Plague in India, 1896, 1897 - Volume 2
Year: 1896
Disease focus: Plague
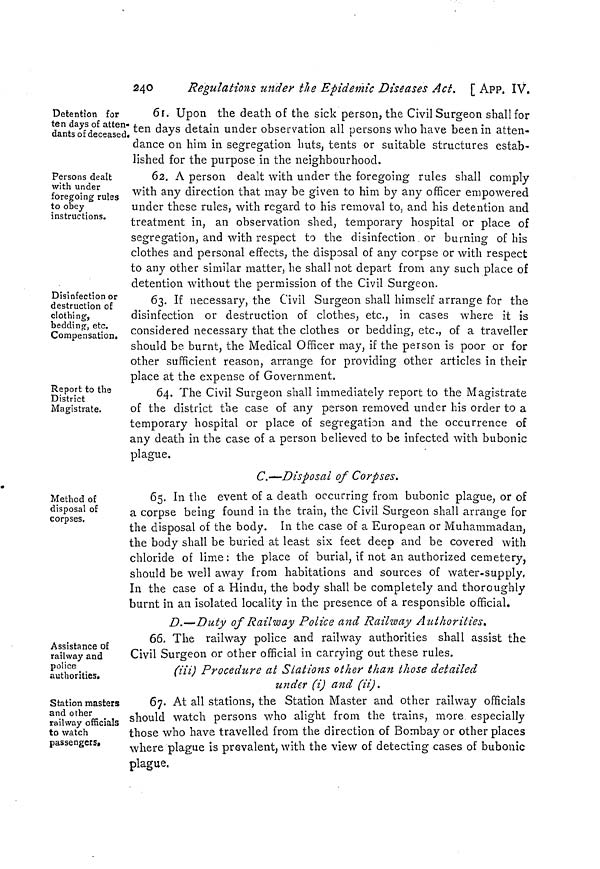
240
Regulations under the Epidemic Diseases Act, [ APP. IV.
Detention for
ten days of atten-
dants of deceased,
61. Upon the death of the sick person, the Civil Surgeon shall for
ten days detain under observation all persons who have been in atten-
dance on him in segregation huts, tents or suitable structures estab-
lished for the purpose in the neighbourhood.
Persons dealt
with under
foregoing rules
to obey
instructions.
62. A person dealt with under the foregoing rules shall comply
with any direction that may be given to him by any officer empowered
under these rules, with regard to his removal to, and his detention and
treatment in, an observation shed, temporary hospital or place of
segregation, and with respect to the disinfection or burning of his
clothes and personal effects, the disposal of any corpse or with respect
to any other similar matter, he shall not depart from any such place of
detention without the Dermission of the Civil Surgeon.
Disinfection or
destruction of
clothing,
bedding, etc.
Compensation.
63. If necessary, the Civil Surgeon shall himself arrange for the
disinfection or destruction of clothes, etc., in cases where it is
considered necessary that the clothes or bedding, etc., of a traveller
should be burnt, the Medical Officer may, if the person is poor or for
other sufficient reason, arrange for providing other articles in their
place at the expense of Government.
Report to the
District
Magistrate.
64. The Civil Surgeon shall immediately report to the Magistrate
of the district the case of any person removed under his order to a
temporary hospital or place of segregation and the occurrence of
any death in the case of a person believed to be infected with bubonic
plague.
C.—Disposal of Corpses.
Method of
disposal of
corpses.
65. In the event of a death occurring from bubonic plague, or of
a corpse being found in the train, the Civil Surgeon shall arrange for
the disposal of the body. In the case of a European or Muhammadan,
the body shall be buried at least six feet deep and be covered with
chloride of lime: the place of burial, if not an authorized cemetery,
should be well away from habitations and sources of Water-supply,
In the case of a Hindu, the body shall be completely and thoroughly
burnt in an isolated locality in the presence of a responsible official.
Assistance of
railway and
police
authorities.
D.—Duty of Railway Police and Railway Authorities.
66. The railway police and railway authorities shall assist the
Civil Surgeon or other official in carrying out these rules.
(iii) Procedure at Stations other than those detailed
under (i) and (ii).
Station masters
and other
railway officials
to watch
passengers.
67. At all stations, the Station Master and other railway officials
should watch persons who alight from the trains, more especially
those who have travelled from the direction of Bombay or other places
where plague is prevalent; with the view of detecting cases of bubonic
plague,